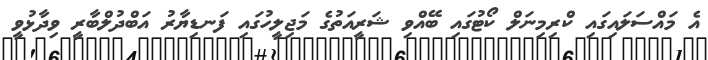
އެ މައްސަލައިގައި ކްރިމިނަލް ކޯޓުގައި ބޭއްވި ޝަރީއަތުގެ މަޖިލީހުގައި ފަނޑިޔާރު އަބްދުލްބާރީ ވިދާޅުވީ